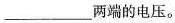
___两端的电压。